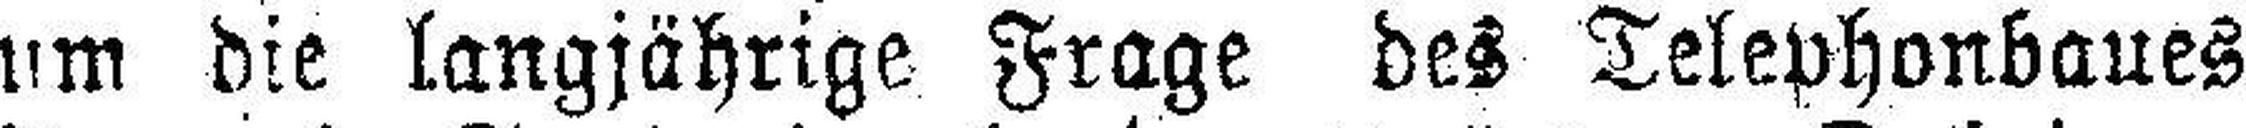
um die langjährige Frage des Telephonbaues